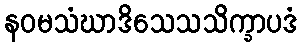
နဝမသံဃာဒိသေသသိက္ခာပဒံ